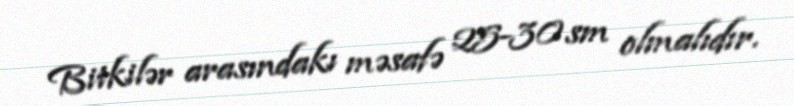
Bitkilər arasındakı məsafə 25-30 sm olmalıdır.